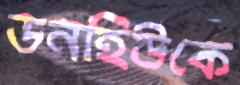
ডনহিউকে